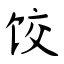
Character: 饺